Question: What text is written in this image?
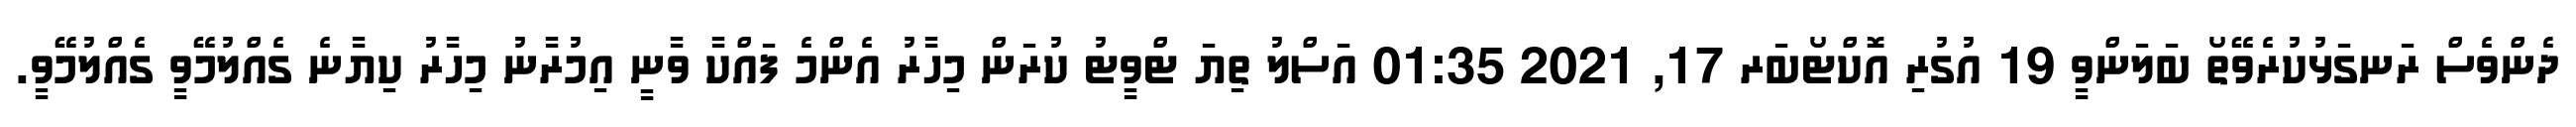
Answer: ދެންވެސް ރަނގަޅުކުރެވޭތޯ ބަލަންވީ 19 އުގުރި އޮކްޓޯބަރ 17, 2021 01:35 އަސްލު ތިޔަ ޓްވީޓު ކުރަން މިހާރު އެންމެ ފައްކާ ވާނީ އިމުރާނު މިހާރު ކިޔާނެ ގެއްލުމޭވީ ގެއްލުމޭވީ.